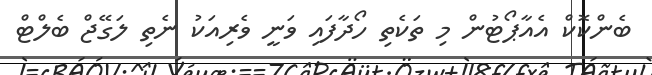
ބެންކޮކް އެއާޕޯޓުން މި ތަކެތި ހޯދާފައި ވަނީ ވެރިއަކު ނެތި ލަގޭޖް ބެލްޓް